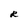
Character: R